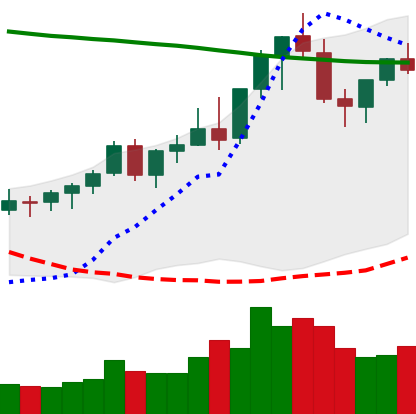
Ticker: EOS-USD
Chart end date: 2021-08-21
Forward return: -11.342%
Label: down_7plus